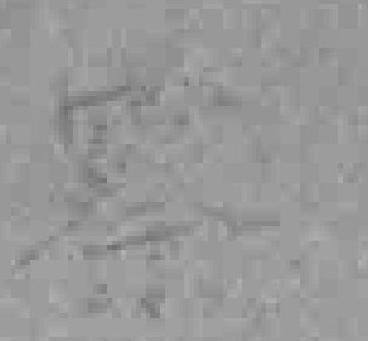
察